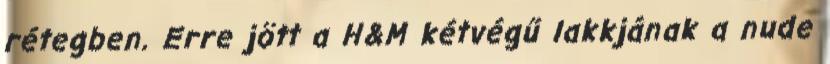
rétegben. Erre jött a H&M kétvégű lakkjának a nude